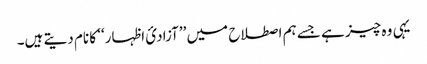
یہی وہ چیز ہے جسے ہم اصطلاح میں ’’آزادئ اظہار‘‘ کا نام دیتے ہیں۔